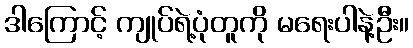
ဒါကြောင့် ကျုပ်ရဲ့ပုံတူကို မရေးပါနဲ့ဦး။